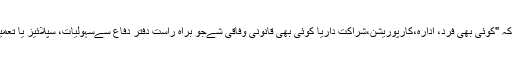
پینٹاگون نے ڈیفنس کونٹریکٹر کی وضاحت ایسے کی ہے کہ "کوئی بھی فرد، ادارہ،کارپوریشن،شراکت داریا کوئی بھی قانونی وفاقی شےجو براہ راست دفتر دفاع سےسہولیات، سپلائیز یا تعمیرات کے لیےاپنی خدمات کی فراہمی کا معاہدہ کرتی ہے"۔